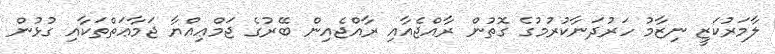
ލާމަރުކަޒީ ނިޒާމު ހަރުދަނާކުރުމުގެ ގޮތުން ރާއްޖެއާއި ރާއްޖެއިން ބޭރުގެ ޖަމްޢިއްޔާ ޖަމާޢަތްތަކާއި ގުޅުން